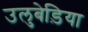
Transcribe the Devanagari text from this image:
उलुबेड़िया